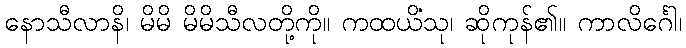
နောသီလာနိ၊ မိမိ မိမိသီလတို့ကို။ ကထယိံသု၊ ဆိုကုန်၏။ ကာလိင်္ဂေါ၊